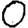
Digit: 0